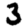
Digit: 3